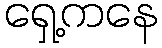
ရှေ့ကနေ